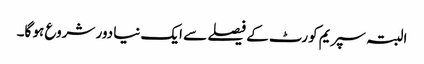
البتہ سپریم کورٹ کے فیصلے سے ایک نیا دور شروع ہو گا۔